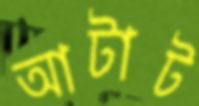
আটাট